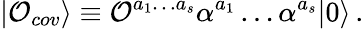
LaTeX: |{\cal O}_{cov}\rangle\equiv{\cal O}^{a_{1}\ldots a_{s}}\alpha^{a_{1}}\ldots\alpha^{a_{s}}|0\rangle\, .